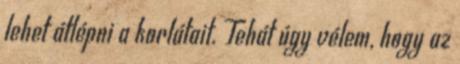
lehet átlépni a korlátait. Tehát úgy vélem, hogy az